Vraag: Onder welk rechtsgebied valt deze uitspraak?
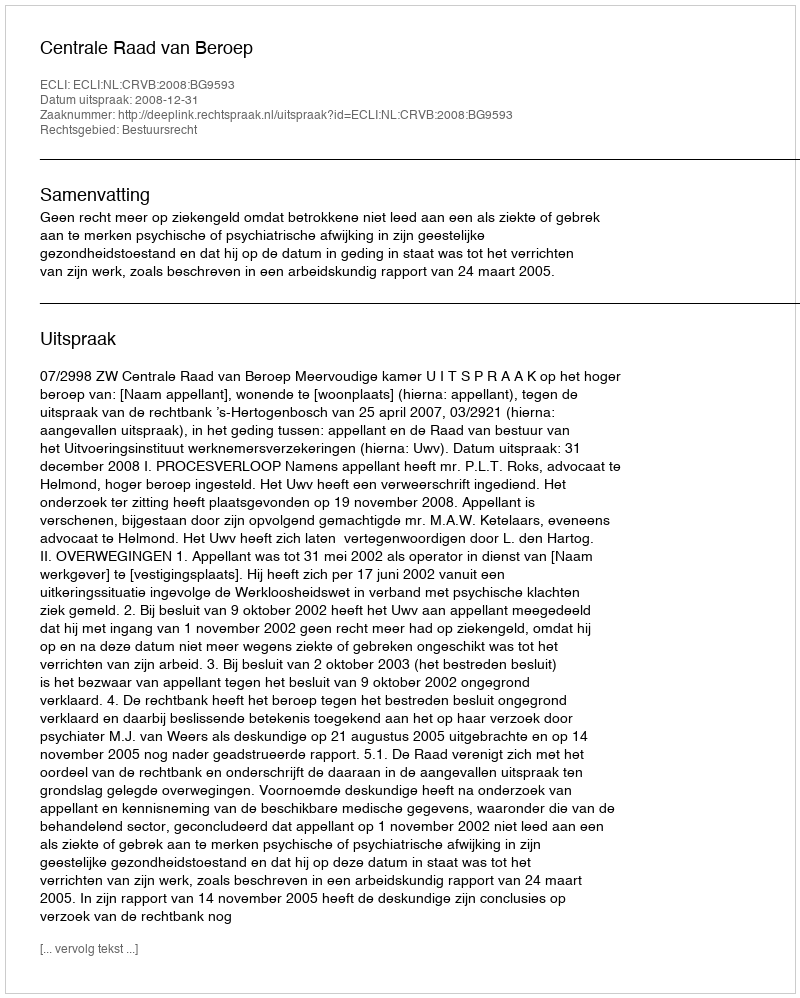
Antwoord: Bestuursrecht